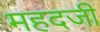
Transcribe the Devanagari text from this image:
महदजी